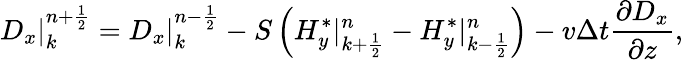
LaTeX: D_{x}|_{k}^{n+\frac{1}{2}}=D_{x}|_{k}^{n-\frac{1}{2}}-S\left(H_{y}^{*}|_{k+\frac{1}{2}}^{n}-H_{y}^{*}|_{k-\frac{1}{2}}^{n}\right)-v\Delta t\frac{\partial D_{x}}{\partial z},